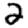
Digit: 2